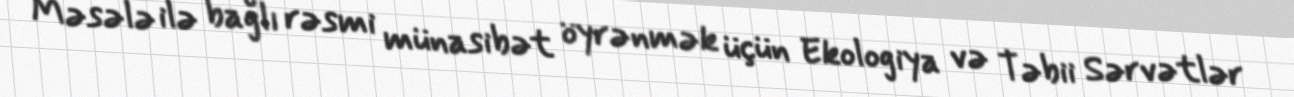
Məsələ ilə bağlı rəsmi münasibət öyrənmək üçün Ekologiya və Təbii Sərvətlər